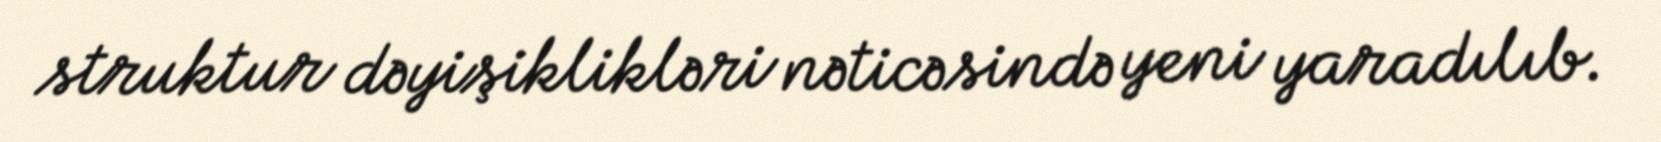
struktur dəyişiklikləri nəticəsində yeni yaradılıb.